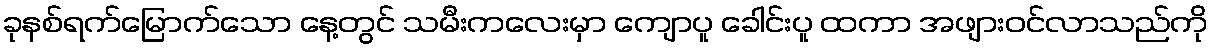
ခုနစ်ရက်မြောက်သော နေ့တွင် သမီးကလေးမှာ ကျောပူ ခေါင်းပူ ထကာ အဖျားဝင်လာသည်ကို